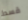
قسط